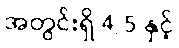
အတွင်းရှိ 4/5 နှင့်